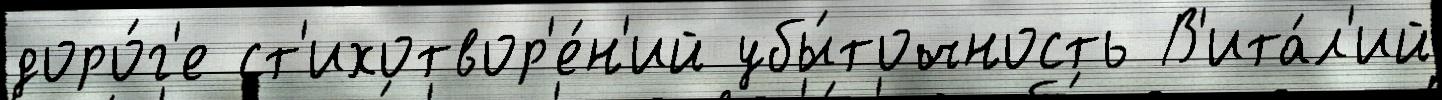
доро́г'е ст'ихотвор'е́н'ий убы́точность В'ита́л'ий